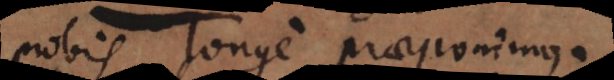
nobis longe praeponimus.